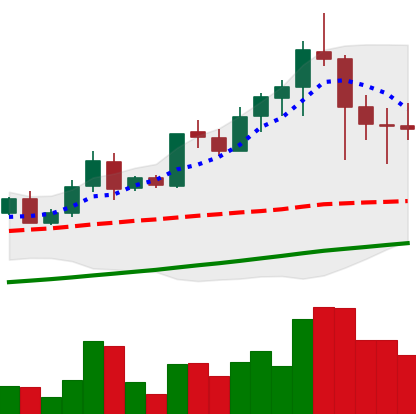
Ticker: LTC-USD
Chart end date: 2021-04-21
Forward return: -4.405%
Label: down_3_5